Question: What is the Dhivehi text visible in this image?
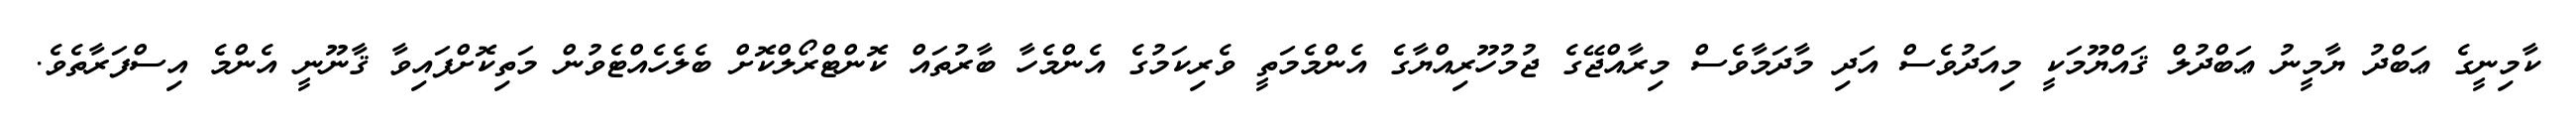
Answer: ކާމިނީގެ ޢަބްދު ޔާމީނު ޢަބްދުލް ޤައްޔޫމަކީ މިއަދުވެސް އަދި މާދަމާވެސް މިރާއްޖޭގެ ޖުމުހޫރިއްޔާގެ އެންމެމަތީ ވެރިކަމުގެ އެންމެހާ ބާރުތައް ކޮންޓްރޯލްކޮށް ބެލެހެއްޓެވުން މަތިކޮށްފައިވާ ޤާނޫނީ އެންމެ އިސްފަރާތެވެ.